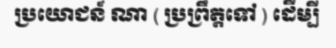
ប្រយោជន៍ ណា ( ប្រព្រឹត្តទៅ ) ដើម្បី